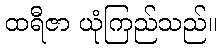
ထရီဇာ ယုံကြည်သည်။